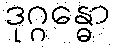
ဒုဂ္ဂန္ဓော